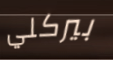
بيركلي